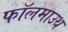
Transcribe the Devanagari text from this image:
फॉलमाउथ